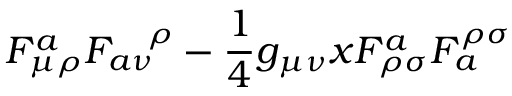
F _ { \mu \rho } ^ { a } F _ { a \nu } ^ { \; \; \; \; \rho } - { \frac { 1 } { 4 } } g _ { \mu \nu } x F _ { \rho \sigma } ^ { a } F _ { a } ^ { \rho \sigma }